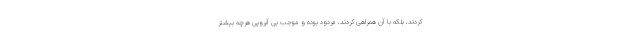
کردند، بلکه با آن همراهی کردند، مردود بوده و موجب بی آبرویی هرچه بیشتر